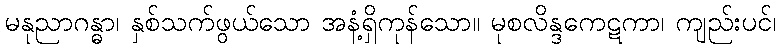
မနုညာဂန္ဓာ၊ နှစ်သက်ဖွယ်သော အနံ့ရှိကုန်သော။ မုစလိန္ဒကေဋကာ၊ ကျည်းပင်၊